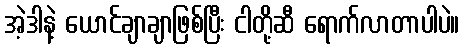
အဲ့ဒါနဲ့ ယောင်ချာချာဖြစ်ပြီး ငါတို့ဆီ ရောက်လာတာပါပဲ။